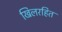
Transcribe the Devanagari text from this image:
खिलरहित